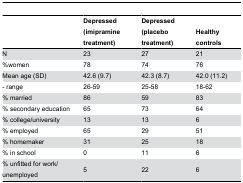
<table><thead><tr><td></td><td><b>Depressed (imipramine treatment)</b></td><td><b>Depressed (placebo treatment)</b></td><td><b>Healthy controls</b></td></tr></thead><tbody><tr><td>N</td><td>23</td><td>27</td><td>21</td></tr><tr><td>%women</td><td>78</td><td>74</td><td>76</td></tr><tr><td>Mean age (SD)</td><td>42.6 (9.7)</td><td>42.3 (8.7)</td><td>42.0 (11.2)</td></tr><tr><td>- range</td><td>26-59</td><td>25-58</td><td>18-62</td></tr><tr><td>% married</td><td>86</td><td>59</td><td>83</td></tr><tr><td>% secondary education</td><td>65</td><td>73</td><td>64</td></tr><tr><td>% college/university</td><td>13</td><td>13</td><td>6</td></tr><tr><td>% employed</td><td>65</td><td>29</td><td>51</td></tr><tr><td>% homemaker</td><td>31</td><td>25</td><td>18</td></tr><tr><td>% in school</td><td>0</td><td>11</td><td>6</td></tr><tr><td>% unfitted for work/unemployed</td><td>5</td><td>22</td><td>6</td></tr></tbody></table>